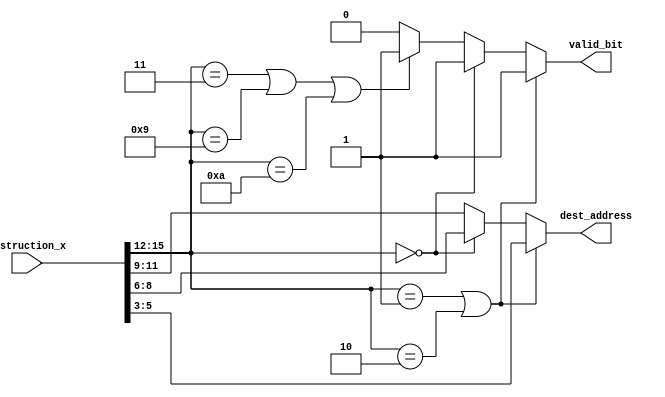
//c_block helps to determine the destination of the current instruction-instruction_x.Apart from destination register address(3 bits), it also gives a valid bit
module c_block(instruction_x,dest_address,valid_bit);
input [15:0] instruction_x;
output [2:0] dest_address;
output  valid_bit;
reg [2:0] temp=3'b000;
reg temp_bit=1'b0;
assign dest_address=temp;
assign valid_bit=temp_bit;
always@(instruction_x)
begin
if(instruction_x[15:12]==4'b0001 || instruction_x[15:12]==4'b0010)//ADD or NAND
	begin
	temp=instruction_x[5:3];//@RC
	temp_bit=1'b1;
	end
else if(instruction_x[15:12]==4'b0000)//ADI
	begin
	temp=instruction_x[8:6];//@RB
	temp_bit=1'b1;
	end
else if((instruction_x[15:12]==4'b0011)||(instruction_x[15:12]==4'b1001)||(instruction_x[15:12]==4'b1010)/*||(instruction_x[15:12]==4'b0100)*/)//LWI,JAL,JLR,LW
	begin
	temp=instruction_x[11:9];//@RA
	temp_bit=1'b1;
	end
	
	//THIS IS FOR C_BLOCK IN MEM STAGE
//else if(instruction_x[15:12]==4'b1110 ||instruction_x[15:12]==4'b1100)//LA or LM
//	begin
//	temp=k_m;
//	temp_bit=1'b1;
//	end
 else
	begin
	temp=instruction_x[11:9];//Dont care about this as temp_bit is 0
	temp_bit=1'b0;
	end
end
endmodule
//TEST BENCH-working

`timescale 1 ns/1 ps
module tb_c_block;

reg [15:0] tb_instruction;
wire [2:0] tb_dest_address;
wire tb_valid_bit;

c_block c4(tb_instruction,tb_dest_address,tb_valid_bit);
initial 
begin
#5;
tb_instruction=16'b0001101110001001;
#10;
tb_instruction=16'b0010101110001001;
#10;
tb_instruction=16'b0000101110001001;
#10;
tb_instruction=16'b0011101110001001;
#10;
tb_instruction=16'b1001101110001001;
#10

tb_instruction=16'b1010101110001001;
#10

tb_instruction=16'b1000101110001001;
#10

tb_instruction=16'b0100101110001001;

end
endmodule